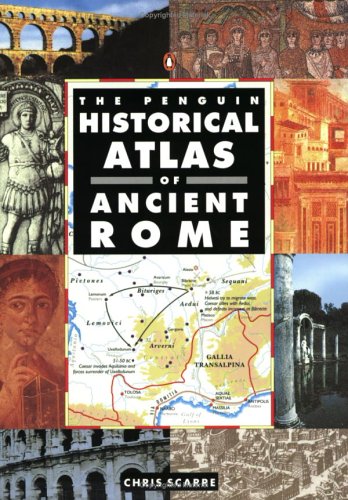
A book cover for The Penguin Historical Atlas of Ancient Rome (Hist Atlas); Chris Scarre; History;